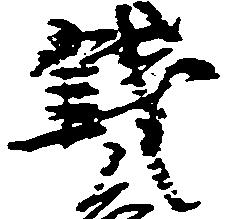
銭